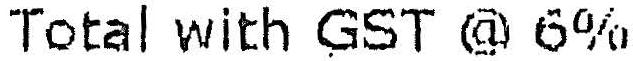
TOTAL WITH GST @ 6%